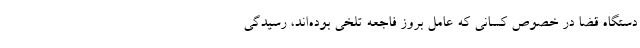
دستگاه قضا در خصوص کسانی که عامل بروز فاجعه تلخی بوده‌اند، رسیدگی